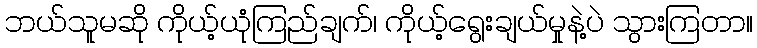
ဘယ်သူမဆို ကိုယ့်ယုံကြည်ချက်၊ ကိုယ့်ရွေးချယ်မှုနဲ့ပဲ သွားကြတာ။